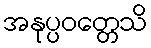
အနုပ္ပဝတ္တေသိ